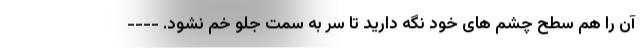
آن را هم سطح چشم های خود نگه دارید تا سر به سمت جلو خم نشود. ----